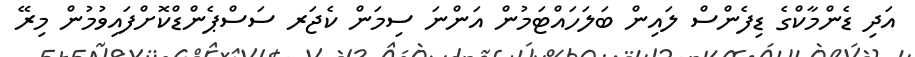
އަދި ޑެންމާކްގެ ޑިފެންސް ލައިން ބަލަހައްޓަމުން އަންނަ ސިމަން ކެޖަރ ސަސްޕެންޑްކޮށްފައިވުމުން މިރޭ